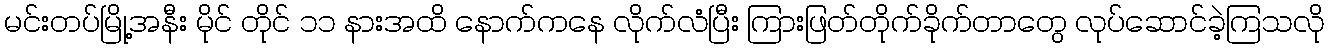
မင်းတပ်မြို့အနီး မိုင် တိုင် ၁၁ နားအထိ နောက်ကနေ လိုက်လံပြီး ကြားဖြတ်တိုက်ခိုက်တာတွေ လုပ်ဆောင်ခဲ့ကြသလို